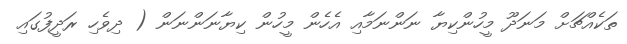
ތަކެއްޗަށް މަނަދޫ މީހުންކިޔާ ނަންނަމާއި އެހެން މީހުން ކިޔާނަންނަން ( ދިވެހި ރަދީފުގައި